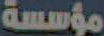
مؤسسة